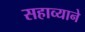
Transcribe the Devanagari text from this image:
सहाव्याने